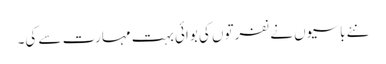
نئے باسیوں نے نفرتوں کی بوائی بہت مہارت سے کی۔